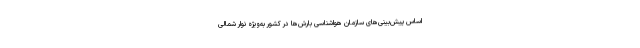
اساس پیش‌بینی‌های سازمان هواشناسی بارش‌ها در کشور به‌ویژه نوار شمالی